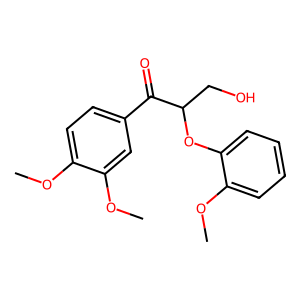
SMILES: COc1ccc(C(=O)C(CO)Oc2ccccc2OC)cc1OC
Inhibits HIV replication: No